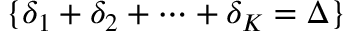
\{ \delta _ { 1 } + \delta _ { 2 } + \cdots + \delta _ { K } = \Delta \}